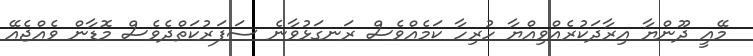
މޭއީ ދޫންޔާ އިރާދަކުރެއްވިއްޔާ ހުރިހާ ކަމެއްވެސް ރަނގަޅުވާނެ ސަފަރުކަތްދެވެސް މޮޑާން ވެއްޖެއޭ